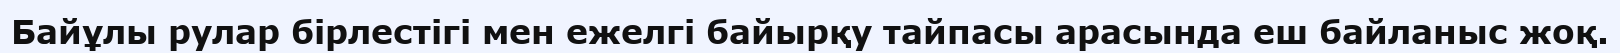
Байұлы рулар бірлестігі мен ежелгі байырқу тайпасы арасында еш байланыс жоқ.